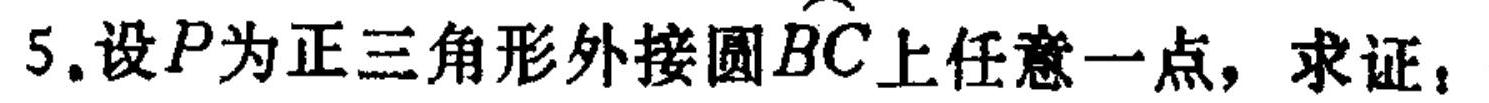
5. 设\(P\)为正三角形外接圆\(\overset{\frown}{BC}\)上任意一点，求证：